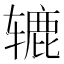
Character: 辘